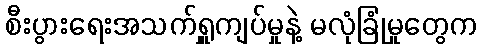
စီးပွားရေးအသက်ရှူကျပ်မှုနဲ့ မလုံခြုံမှုတွေက